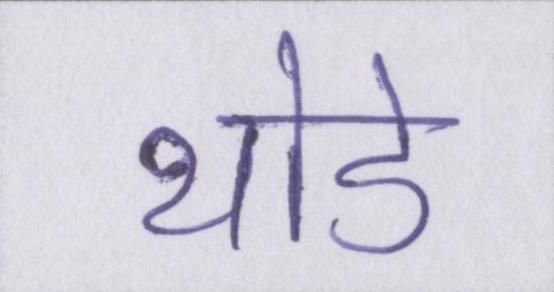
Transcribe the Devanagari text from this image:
थोडे